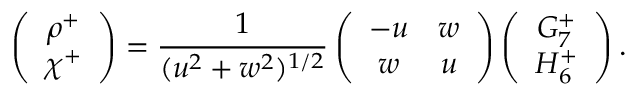
\left( \begin{array} { c } { { \rho ^ { + } } } \\ { { \chi ^ { + } } } \end{array} \right) = \frac { 1 } { ( u ^ { 2 } + w ^ { 2 } ) ^ { 1 / 2 } } \left( \begin{array} { c c } { { - u } } & { { w } } \\ { { w } } & { { u } } \end{array} \right) \left( \begin{array} { c } { { G _ { 7 } ^ { + } } } \\ { { H _ { 6 } ^ { + } } } \end{array} \right) .